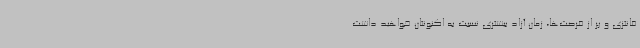
فانتزی و پر از فرصت‌ها، زمان آزاد بیشتری نسبت به اکنونتان خواهید داشت.